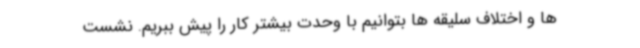
ها و اختلاف سلیقه ها بتوانیم با وحدت بیشتر کار را پیش ببریم. نشست